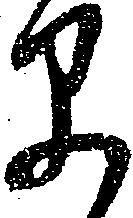
早